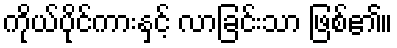
ကိုယ်ပိုင်ကားနှင့် လာခြင်းသာ ဖြစ်၏။